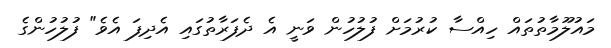
މައުލޫމާތުތައް ހިއްސާ ކުރުމަށް ފުލުހުން ވަނީ އެ ދެފަރާތުގައި އެދިފަ އެވެ" ފުލުހުންގެ